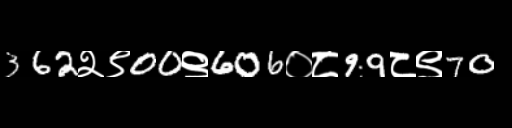
Text: 362२९00९606०८99८९70